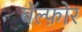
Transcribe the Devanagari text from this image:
बॅल्फ़ोर